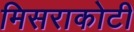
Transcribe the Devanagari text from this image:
मिसराकोटी